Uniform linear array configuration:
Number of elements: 4
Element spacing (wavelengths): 0.75
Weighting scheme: exponential
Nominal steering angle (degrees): -30
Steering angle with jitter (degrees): -28.358
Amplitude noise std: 0.05
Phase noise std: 0.05

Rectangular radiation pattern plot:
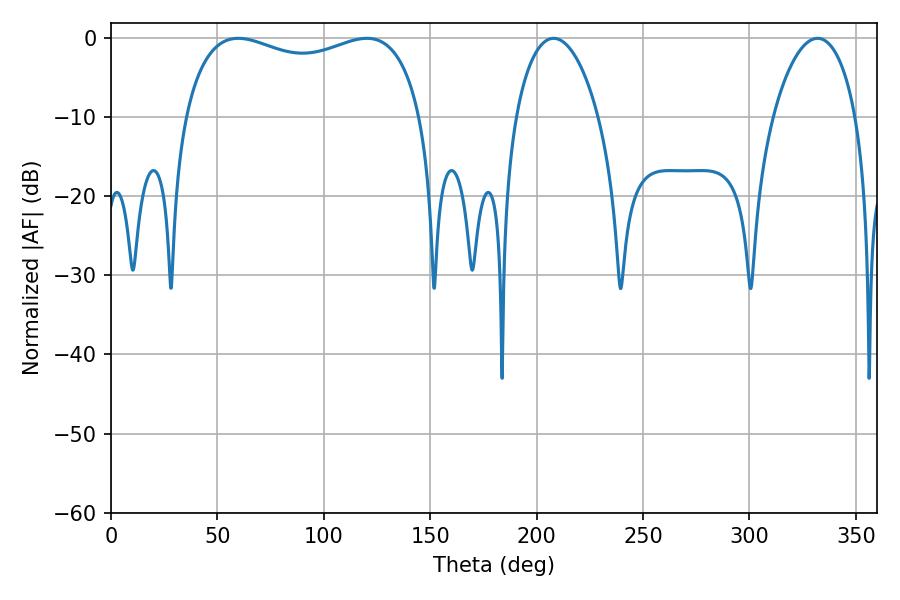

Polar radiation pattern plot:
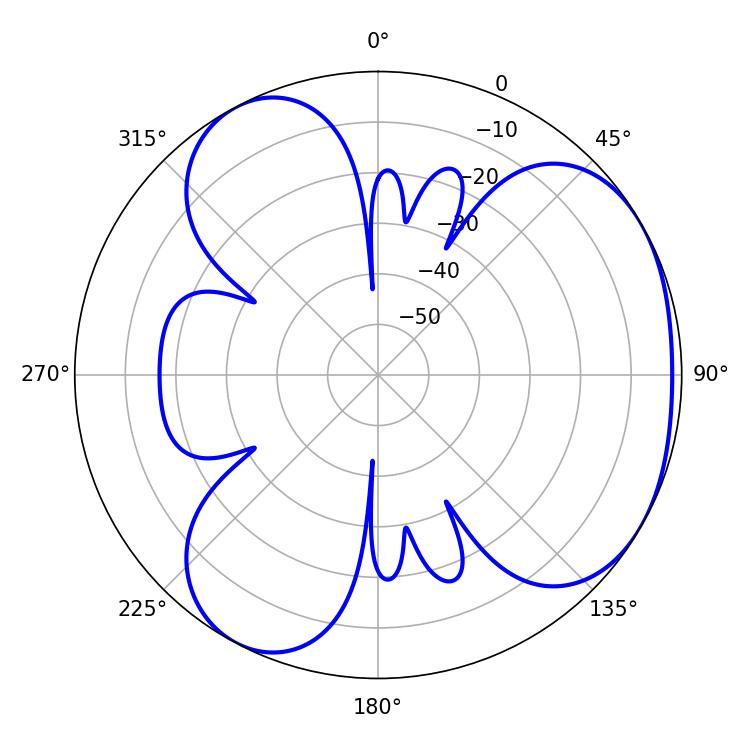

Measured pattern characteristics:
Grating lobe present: TRUE
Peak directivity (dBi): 3.828
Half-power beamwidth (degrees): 91.8
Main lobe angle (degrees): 59.76